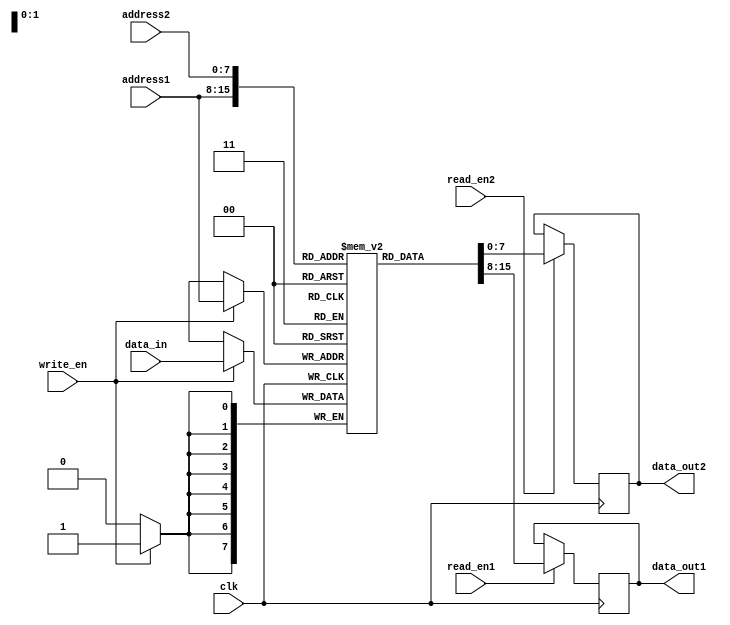
module dual_port_ram (
    input wire clk,
    input wire [7:0] address1,
    input wire [7:0] address2,
    input wire [7:0] data_in,
    output reg [7:0] data_out1,
    output reg [7:0] data_out2,
    input wire write_en,
    input wire read_en1,
    input wire read_en2
);

reg [7:0] mem [0:255];

always @(posedge clk) begin
    if (write_en) begin
        mem[address1] <= data_in;
    end
end

always @(posedge clk) begin
    if (read_en1) begin
        data_out1 <= mem[address1];
    end
    if (read_en2) begin
        data_out2 <= mem[address2];
    end
end

endmodule